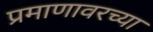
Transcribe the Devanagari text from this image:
प्रमाणावरच्या